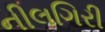
નીલગિરી